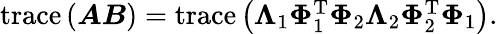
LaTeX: \begin{array}{r}{\operatorname{trace}\left(\boldsymbol{A}\boldsymbol{B}\right)=\operatorname{trace}\left(\boldsymbol{\Lambda}_{1}\boldsymbol{\Phi}_{1}^{\mathrm{T}}\boldsymbol{\Phi}_{2}\boldsymbol{\Lambda}_{2}\boldsymbol{\Phi}_{2}^{\mathrm{T}}\boldsymbol{\Phi}_{1}\right).}\end{array}